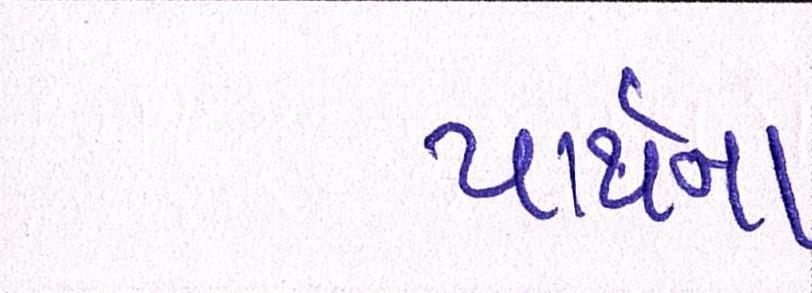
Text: પાર્થના